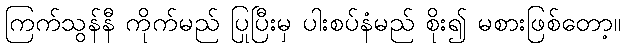
ကြက်သွန်နီ ကိုက်မည် ပြုပြီးမှ ပါးစပ်နံမည် စိုး၍ မစားဖြစ်တော့။